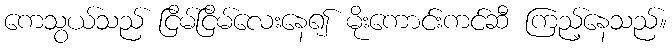
ကေသွယ်သည် ငြိမ်ငြိမ်လေးနေ၍ မိုးကောင်းကင်ဆီ ကြည့်နေသည်။